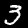
Label: 3